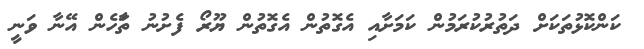
ކަންކޮޅުތަކަށް ދަތުރުކުރަމުން ކަމަށާއި އެގޮތުން އެގޮތުން ޔޫރޯ ފެށުނު ތަާހެން އޭނާ ވަނީ